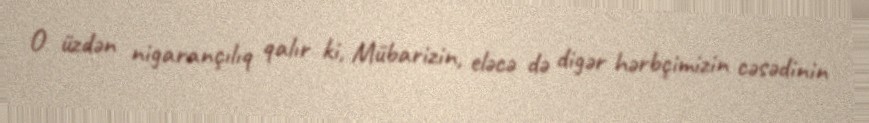
O üzdən nigarançılıq qalır ki, Mübarizin, eləcə də digər hərbçimizin cəsədinin